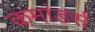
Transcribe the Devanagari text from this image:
कमांडर्स